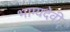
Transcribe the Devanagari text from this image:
भाग्यदेवी